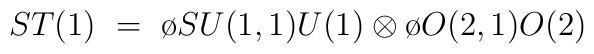
ST(1)~=~{\o{SU(1,1)}{U(1)}}\otimes {\o{O(2,1)}{O(2)}}